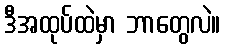
ဒီအထုပ်ထဲမှာ ဘာတွေလဲ။